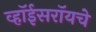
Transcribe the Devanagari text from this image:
व्हॉईसरॉयचे